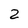
Character: 2